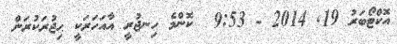
އޮކްޓޯބަރު 19